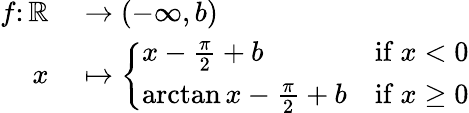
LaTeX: \begin{array}{rl}{f\colon\mathbb{R}}&{{}\to(-\infty,b)}\\ {x}&{{}\mapsto{\left\{ \begin{array}{ll}{x-{\frac{\pi}{2}}+b}&{{\mathrm{if~}}x<0}\\ {\arctan x-{\frac{\pi}{2}}+b}&{{\mathrm{if~}}x\geq 0}\end{array}\right.}}\end{array}